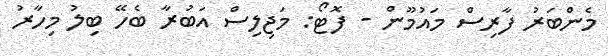
މެންބަރު ފާރިސް މައުމޫން - ފޮޓޯ: މަޖިލިސް އަބުރާ ބެހޭ ބިލު މިހާރު